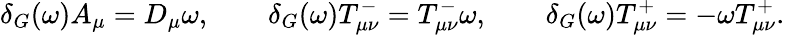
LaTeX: \delta_{G}(\omega)A_{\mu}=D_{\mu}\omega,\qquad\delta_{G}(\omega)T_{\mu\nu}^{-}=T_{\mu\nu}^{-}\omega,\qquad\delta_{G}(\omega)T_{\mu\nu}^{+}=-\omega T_{\mu\nu}^{+}.